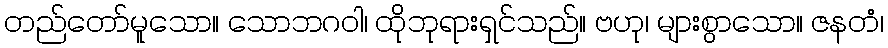
တည်တော်မူသော။ သောဘဂဝါ၊ ထိုဘုရားရှင်သည်။ ဗဟု၊ များစွာသော။ ဇနတံ၊